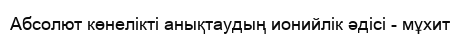
Абсолют көнелікті анықтаудың ионийлік әдісі - мұхит